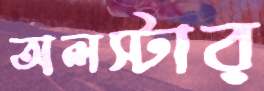
অলস্টার